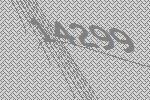
14299